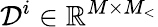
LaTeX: \mathcal{D}^{i}\in\mathbb{R}^{M\times M_{<}}